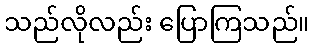
သည်လိုလည်း ပြောကြသည်။